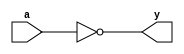
module notif1_gate(input a, output y);
  assign y = ~a;
endmodule